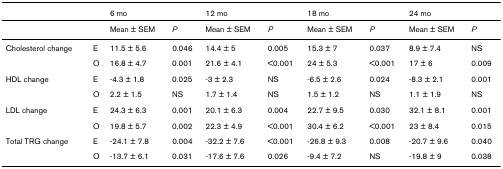
|  |  | <COLSPAN=2> 6 mo | <COLSPAN=2> 12 mo | <COLSPAN=2> 18 mo | <COLSPAN=2> 24 mo |
 | --- | --- | --- | --- | --- | --- | --- | --- | --- | --- |
 |  |  | Mean ± SEM | P | Mean ± SEM | P | Mean ± SEM | P | Mean ± SEM | P |
 | Cholesterol change | E | 11.5 ± 5.6 | 0.046 | 14.4 ± 5 | 0.005 | 15.3 ± 7 | 0.037 | 8.9 ± 7.4 | NS |
 |  | O | 16.8 ± 4.7 | 0.001 | 21.6 ± 4.1 | <0.001 | 24 ± 5.3 | <0.001 | 17 ± 6 | 0.009 |
 | HDL change | E | -4.3 ± 1.8 | 0.025 | -3 ± 2.3 | NS | -6.5 ± 2.6 | 0.024 | -8.3 ± 2.1 | 0.001 |
 |  | O | 2.2 ± 1.5 | NS | 1.7 ± 1.4 | NS | 1.5 ± 1.2 | NS | 1.1 ± 1.9 | NS |
 | LDL change | E | 24.3 ± 6.3 | 0.001 | 20.1 ± 6.3 | 0.004 | 22.7 ± 9.5 | 0.030 | 32.1 ± 8.1 | 0.001 |
 |  | O | 19.8 ± 5.7 | 0.002 | 22.3 ± 4.9 | <0.001 | 30.4 ± 6.2 | <0.001 | 23 ± 8.4 | 0.015 |
 | Total TRG change | E | -24.1 ± 7.8 | 0.004 | -32.2 ± 7.6 | <0.001 | -26.8 ± 9.3 | 0.008 | -20.7 ± 9.6 | 0.040 |
 |  | O | -13.7 ± 6.1 | 0.031 | -17.6 ± 7.6 | 0.026 | -9.4 ± 7.2 | NS | -19.8 ± 9 | 0.038 |